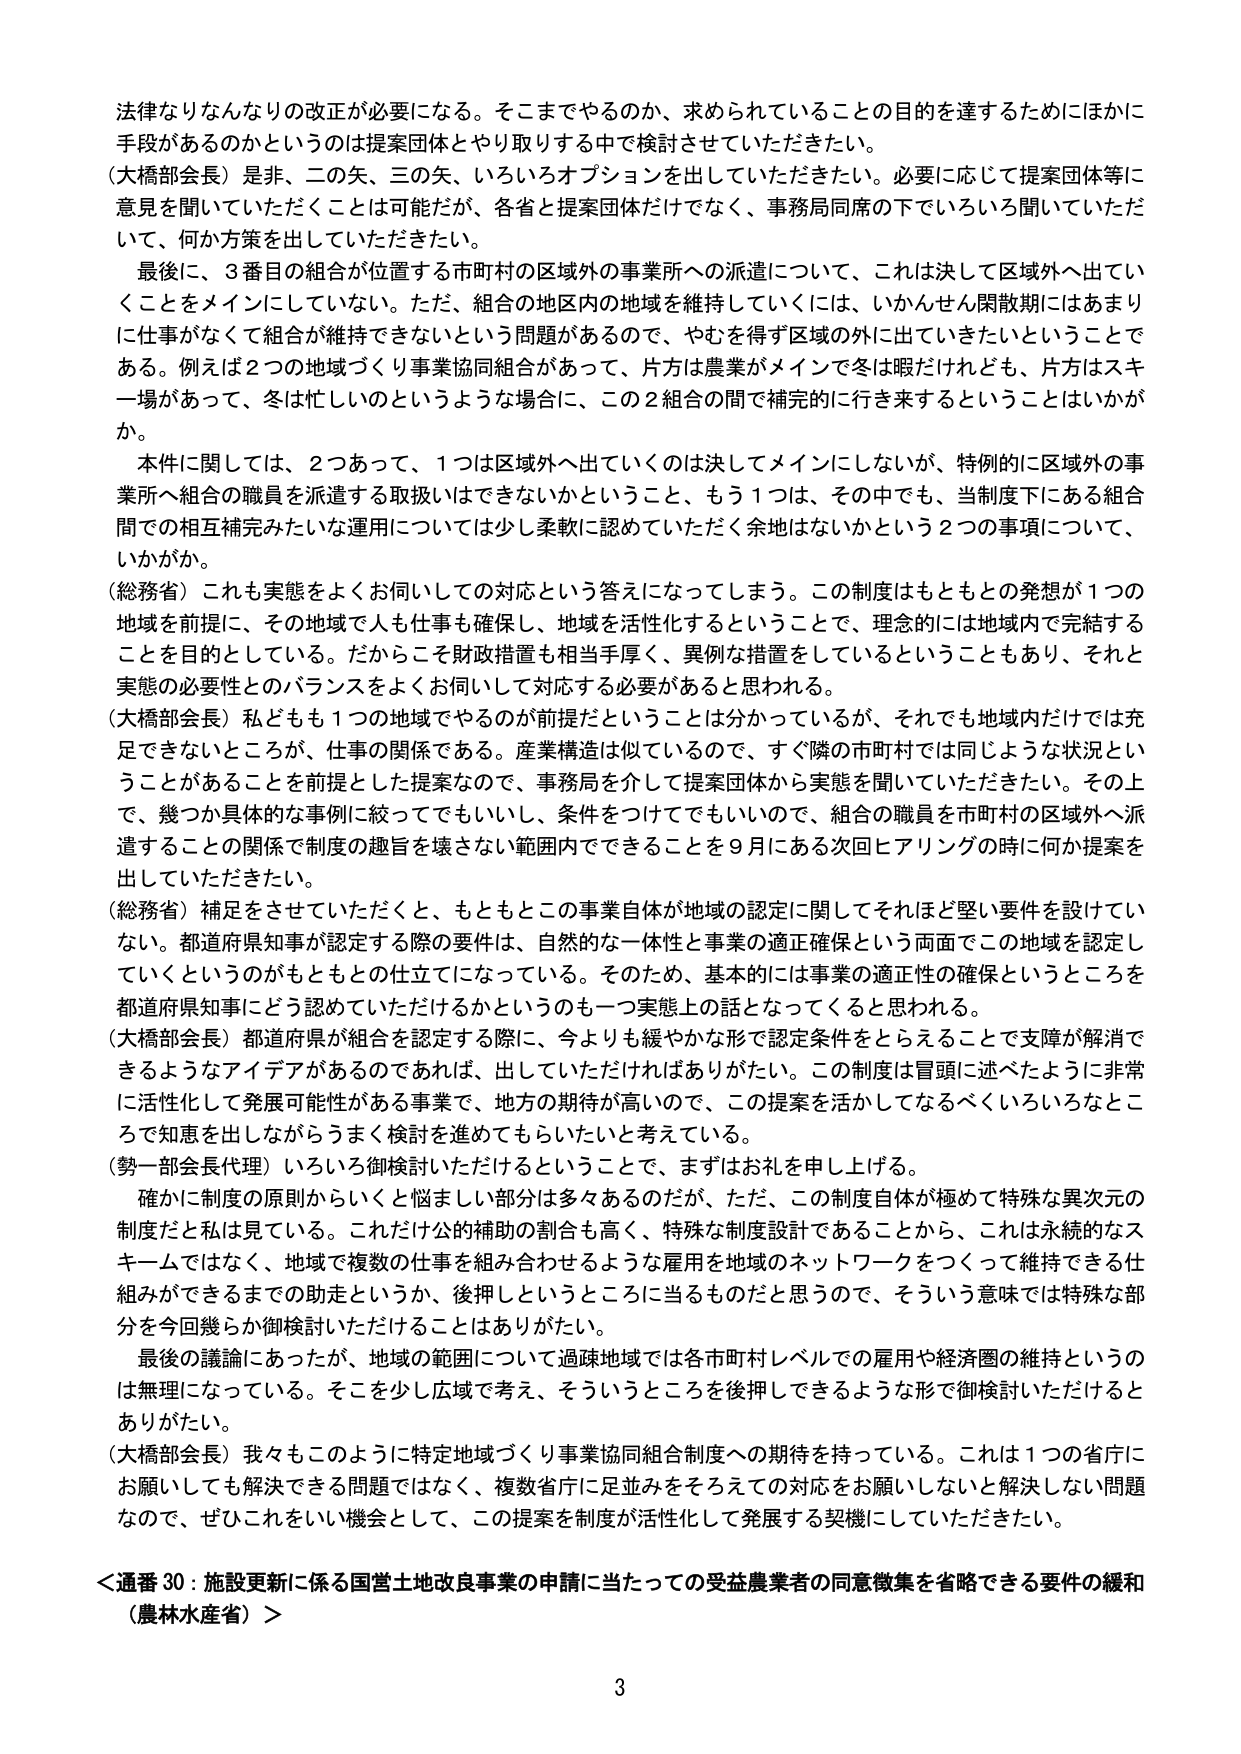
法律なりなんなりの改正が必要になる。そこまでやるのか、求められていることの目的を達するためにはほかに手段があるのかというのは提案団体とやり取りする中で検討させていただきたい。

（大橋部会長）是非、二の矢、三の矢、いろいろオプションを出していただきたい。必要に応じて提案団体等に意見を聞いていただくことは可能だが、各省と提案団体だけでなく、事務局同席の下でいろいろ聞いていただいて、何か方策を出していただきたい。

最後に、3番目の組合が位置する市町村の区域外の事業所への派遣について、これは決して区域外へ出ていくことをメインにしていない。ただ、組合の地区内の地域を維持していくには、いかんせん閑散期にはあまりに仕事がなくて組合が維持できないという問題があるので、やむを得ず区域の外に出ていきたいということである。例えば2つの地域づくり事業協同組合があって、片方は農業がメインで冬は暇だけれども、片方はスキー場があって、冬は忙しいのというような場合に、この2組合の間で補完的に行き来するということはいかがか。

本件に関しては、2つあって、1つは区域外へ出ていくのは決してメインにしないが、特別的に区域外の事業所へ組合の職員を派遣する取扱いはできないかということ、もう1つは、その中でも、当制度下にある組合間での相互補完みたいな運用については少し柔軟に認めていただく余地はないかという2つの事項について、いかがか。

（総務省）これも実態をよくお伺いしての対応という答えになってしまう。この制度はもともとの発想が1つの地域を前提に、その地域で人も仕事も確保し、地域を活性化するということで、理念的には地域内で完結することを目的としている。だからこそ財政措置も相当手厚く、異例な措置をしているということもあり、それと実態の必要性とのバランスをよくお伺いして対応する必要があると思われる。

（大橋部会長）私どもも1つの地域でやるのが前提だということは分かっているが、それでも地域内だけでは充足できないところが、仕事の関係である。産業構造は似ているので、すぐ隣の市町村では同じような状況ということがあることを前提とした提案なので、事務局を介して提案団体から実態を聞いていただきたい。その上で、幾つか具体的な事例に絞ってでもいいし、条件をつけてでもいいので、組合の職員を市町村の区域外へ派遣することの関係で制度の趣旨を壊さない範囲内でできることを9月にある次回ヒアリングの時に何か提案を出していただきたい。

（総務省）補足をさせていただくと、もともとこの事業自体が地域の認定に関してそれほど堅い要件を設けていない。都道府県知事が認定する際の要件は、自然的な一体性と事業の適正確保という両面でこの地域を認定していくというのがもともとの仕立てになっている。そのため、基本的には事業の適正性の確保というところを都道府県知事にどう認めていただけるかというのも一つ実態上の話となってくると思われる。

（大橋部会長）都道府県が組合を認定する際に、今よりも緩やかな形で認定条件をとらえることで支障が解消できるようなアイデアがあるのであれば、出していただければありがたい。この制度は冒頭に述べたように非常に活性化して発展可能性がある事業で、地方の期待が高いので、この提案を活かしてなるべくいろいろなところで知恵を出しながらうまく検討を進めてもらいたいと考えている。

（勢一部会長代理）いろいろ御検討いただけるということで、まずはお礼を申し上げる。

確かに制度の原則からいくと悩ましい部分は多くあるのだが、ただ、この制度自体が極めて特殊な異次元の制度だと私は見ている。これだけ公的補助の割合も高く、特殊な制度設計であることから、これは永続的なスキームではなく、地域で複数の仕事を組み合わせるような雇用を地域のネットワークをつくって維持できる仕組みができるまでの助走というか、後押しというところに当るものだと思うので、そういう意味では特殊な部分を今回幾らか御検討いただけることはありがたい。

最後の議論にあったが、地域の範囲について過疎地域では各市町村レベルでの雇用や経済圏の維持というのは無理になっている。そこを少し広域で考え、そういうところを後押しできるような形で御検討いただけるとありがたい。

（大橋部会長）我々もこのように特定地域づくり事業協同組合制度への期待を持っている。これは1つの省庁にお願いしても解決できる問題ではなく、複数省庁に足並みをそろえての対応をお願いしないと解決しない問題なので、ぜひこれをいい機会として、この提案を制度が活性化して発展する契機にしていただきたい。

＜通番30：施設更新に係る国営土地改良事業の申請に当たっての受益農業者の同意徴集を省略できる要件の緩和（農林水産省）＞

3